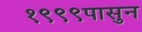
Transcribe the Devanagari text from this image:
१९९९पासुन